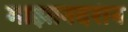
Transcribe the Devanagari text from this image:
माझानदरान